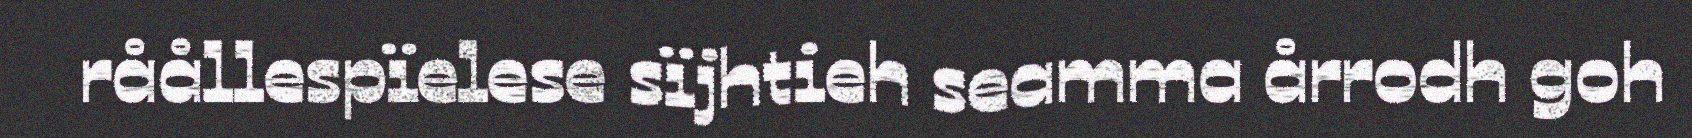
råållespïelese sïjhtieh seamma årrodh goh